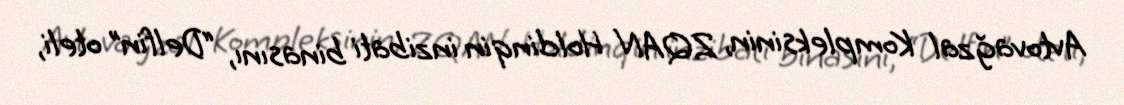
Avtovağzal Kompleksinin, ZQAN Holdinqin inzibati binasını, “Delfin” oteli,